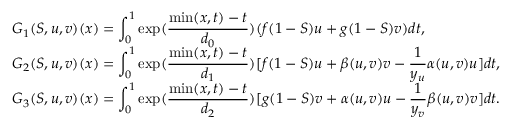
\begin{array} { l l l l } & { G _ { 1 } ( S , u , v ) ( x ) = \displaystyle \int _ { 0 } ^ { 1 } \exp ( \frac { \operatorname* { m i n } ( x , t ) - t } { d _ { 0 } } ) ( f ( 1 - S ) u + g ( 1 - S ) v ) d t , } \\ & { G _ { 2 } ( S , u , v ) ( x ) = \displaystyle \int _ { 0 } ^ { 1 } \exp ( \frac { \operatorname* { m i n } ( x , t ) - t } { d _ { 1 } } ) [ f ( 1 - S ) u + \beta ( u , v ) v - \frac { 1 } { y _ { u } } \alpha ( u , v ) u ] d t , } \\ & { G _ { 3 } ( S , u , v ) ( x ) = \displaystyle \int _ { 0 } ^ { 1 } \exp ( \frac { \operatorname* { m i n } ( x , t ) - t } { d _ { 2 } } ) [ g ( 1 - S ) v + \alpha ( u , v ) u - \frac { 1 } { y _ { v } } \beta ( u , v ) v ] d t . } \end{array}